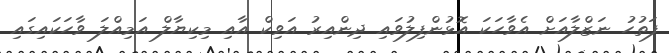
ފަތުހު ނަޒްލާއަށް އެވާހަކަ އޮޅުންފިލުވައި ދިންއިރު އަވިކް އާއި މިކިޔާލް އަމިއްލަ ވާހަކައިގައި